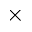
\times